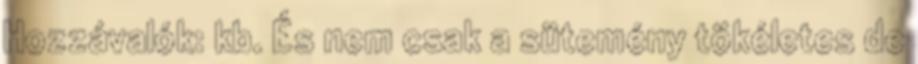
Hozzávalók: kb. És nem csak a sütemény tökéletes de